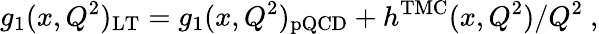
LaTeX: g_{1}(x,Q^{2})_{\mathrm{LT}}=g_{1}(x,Q^{2})_{\mathrm{pQCD}}+h^{\mathrm{TMC}}(x,Q^{2})/Q^{2}~,